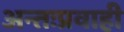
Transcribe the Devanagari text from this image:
अन्तःप्रवाही